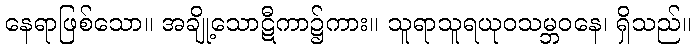
နေရာဖြစ်သော။ အချို့သောဋီကာ၌ကား။ သူရာသူရယုဝသမ္ဘဝနေ၊ ရှိသည်။